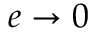
e \rightarrow 0